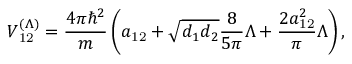
V _ { \mathrm { 1 2 } } ^ { ( \Lambda ) } = \frac { 4 \pi \hbar ^ { 2 } } { m } \left( a _ { \mathrm { 1 2 } } + \sqrt { d _ { 1 } d _ { 2 } } \frac { 8 } { 5 \pi } \Lambda + \frac { 2 a _ { \mathrm { 1 2 } } ^ { 2 } } { \pi } \Lambda \right) ,